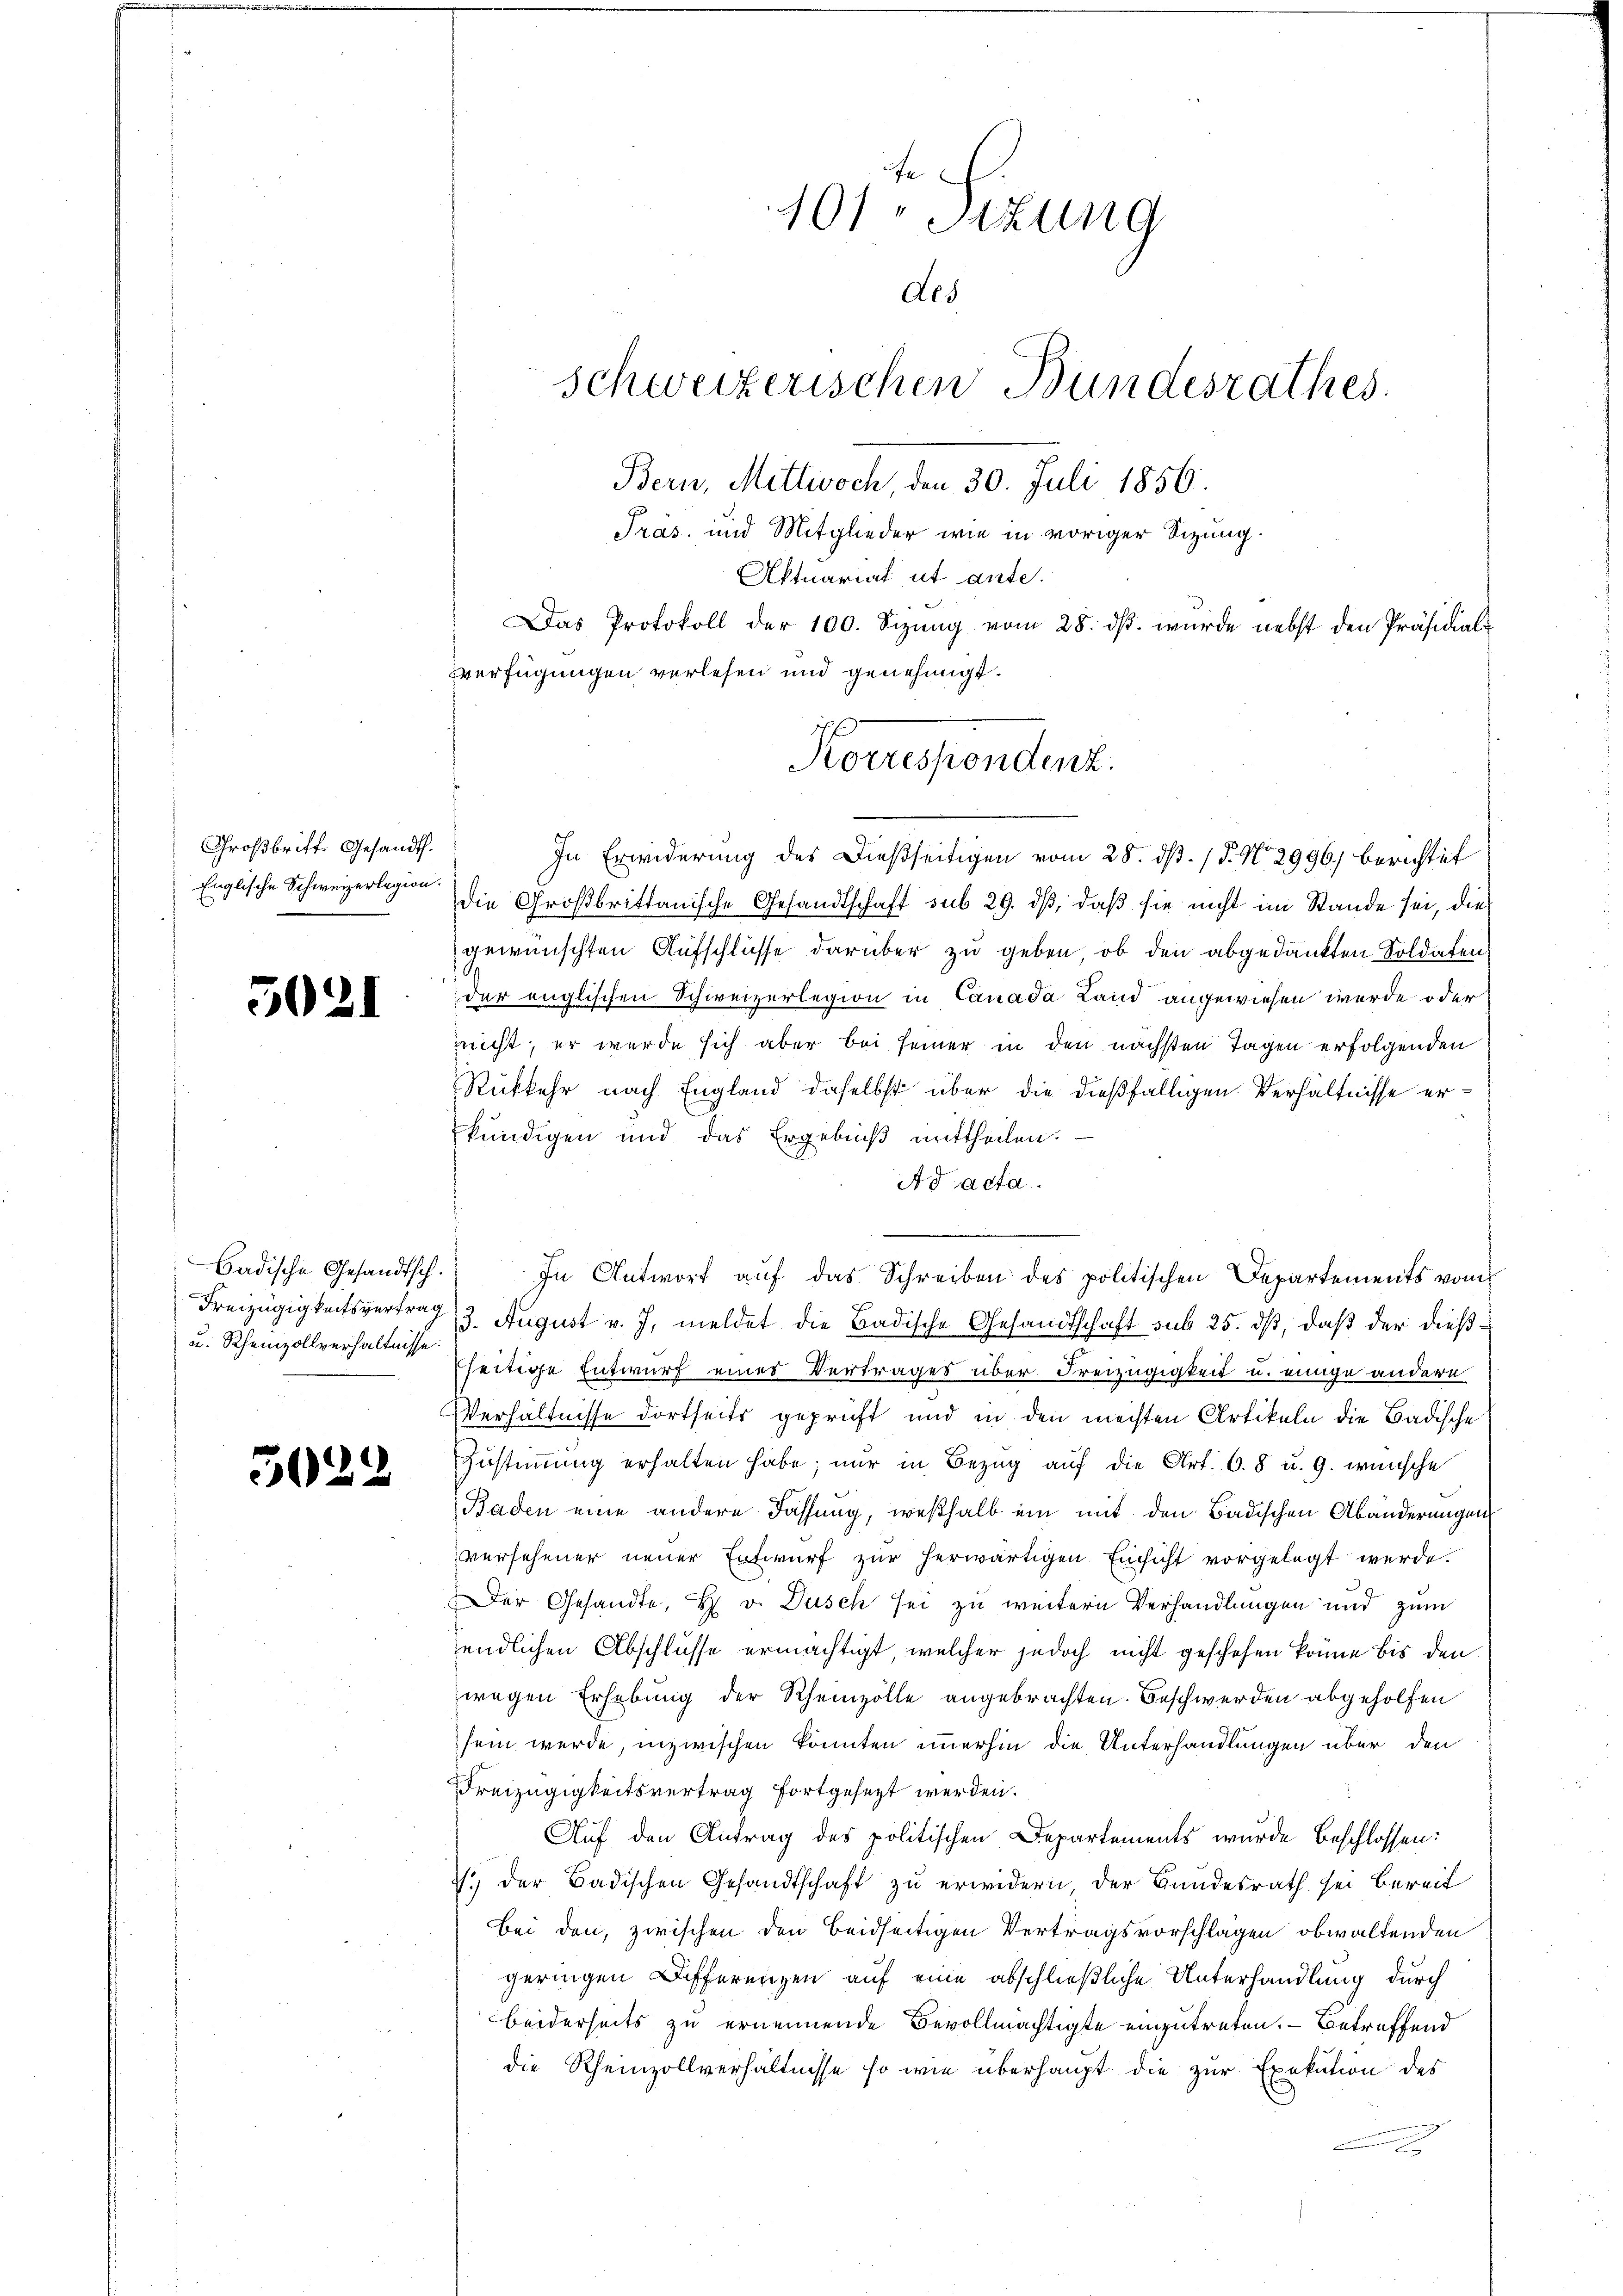
Großbritt. Gesandth.
Englische Schweizerlegion.

5021

Badische Gesandtsch.
Freizügigkeitsvertrag
u. Rheinzollverhältnisse.

5029

101, Sitzung
Les
schweizerischen Bundesrathes.
Bern, Mittwoch, den 30. Juli 1856.
Tras. und Mitglieder wie in voriger Sizung.
Aktuariat ut ante.
Das Protokoll der 100. Sizung vom 28. dβ. wurde nebst den Präsidial-
verfügungen verlesen und genehmigt.

Korrespondenz.

In Erwiderung des Dießseitigen vom 28. dß. / 5. No 2996) berichtet
die Großbrittanische Gesandtschaft sub 29. dβ, daß sie nicht im Stande sei, die
gewünschten Aufschlüsse darüber zu geben, ob den abgedankten Soldaten
der englischen Schweizerlegion in Canada Land angewiesen werde oder
nicht, er wurde sich aber bei seiner in den nächsten Tagen erfolgenden
Rükkehr nach England daselbst über die dießfälligen Verhältnisse erkündigen und das Ergebniß mittheilen.
Ad acta.
In Antwort auf das Schreiben des politischen Departements vom
3. August v. J. meldet die Badische Gesandtschaft sub 25. dß, daß der dießseitige Entwurf eines Vertrages über Freizügigkeit u. einige andern
Verhältnisse dortseits geprüft und in den machten Artikeln die Badische
Zustimmung erhalten habe; nur in Bezug auf die Art. 68 u. G. wünsche
Baden eine andere Fassung, weßhalb ein mit den Badischen Abänderungen
versehener neuer Entwurf zur herwärtigen Einsicht vorgelegt werde.
Der Gesandte, H. v. Dusch sei zu weitern Verhandlungen und zum
endlichen Abschlusse ermächtigt, welcher jedoch nicht geschehen könne bis den
wegen Erhebung der Rheinzölle angebrachten Beschwerden abgeholfen
sein werde, inzwischen könnten immerhin die Unterhandlungen über den
Freizügigkeitsvertrag fortgesezt werden.
Auf den Antrag des politischen Departements wurde beschlossen:
2) der Badischen Gesandtschaft zu erwidern der Bundesrath sei bereit
Bei den, zwischen den beidseitigen Vertragsvorschlagen obwaltenden
geringen Differenzen auf eine abschließliche Unterhandlung durch
beiderseits zu ernennende Bevollmächtigte einzutreten. – Betreffend
die Rheinzollverhältnisse so wie überhaupt die zur Exekution des